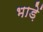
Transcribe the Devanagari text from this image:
भाड़ें